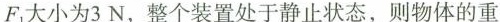
F1大小为3N，整个装置处于静止状态，则物体的重